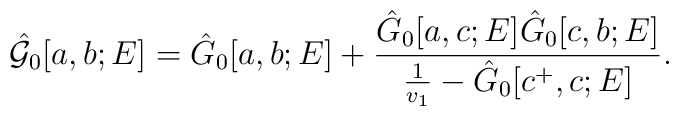
\hat{{\cal G}}_0[a, b; E] =\hat{G}_0[a, b;E] + \frac{\hat{G}_0[a, c; E] \hat{G}_0[c, b; E]}     {\frac{1}{v_1} - \hat{G}_0[c^+, c; E]}.